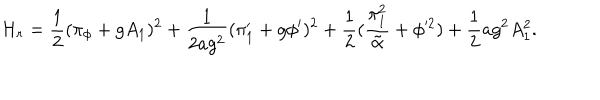
{ \cal H } _ { r } = { \frac { 1 } { 2 } } ( \pi _ { \phi } + g A _ { 1 } ) ^ { 2 } + { \frac { 1 } { 2 a g ^ { 2 } } } ( \pi _ { 1 } ^ { \prime } + g \phi ^ { \prime } ) ^ { 2 } + { \frac { 1 } { 2 } } ( { \frac { \pi _ { 1 } ^ { 2 } } { \tilde { \alpha } } } + \phi ^ { 2 } ) + { \frac { 1 } { 2 } } a g ^ { 2 } A _ { 1 } ^ { 2 } .